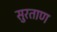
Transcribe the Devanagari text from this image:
सुरताण